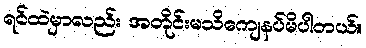
ရင်ထဲမှာလည်း အတိုင်းမသိကျေနပ်မိပါတယ်။